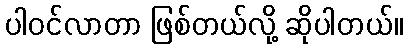
ပါဝင်လာတာ ဖြစ်တယ်လို့ ဆိုပါတယ်။